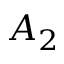
A _ { 2 }